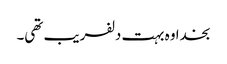
بخدا وہ بہت دلفریب تھی۔